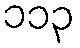
၁၁၃